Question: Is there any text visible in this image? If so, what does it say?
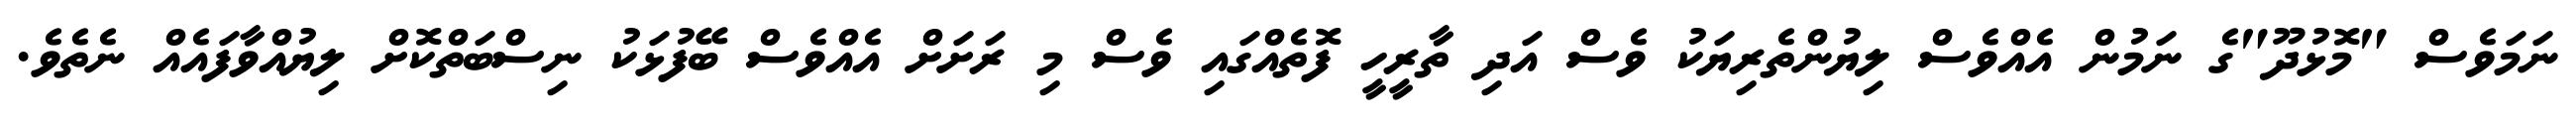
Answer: ނަމަވެސް "މޮޅުދޫ"ގެ ނަމުން އެއްވެސް ލިޔުންތެރިޔަކު ވެސް އަދި ތާރީހީ ފޮތެއްގައި ވެސް މި ރަށަށް އެއްވެސް ބޭފުޅަކު ނިސްބަތްކޮށް ލިޔުއްވާފައެއް ނެތެވެ.